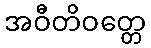
အဝီတိဝတ္တေ